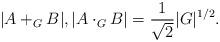
LaTeX: \begin{align*}|A+_G B|, |A\cdot_G B| = \frac{1}{\sqrt 2 }|G|^{1/2}.\end{align*}